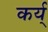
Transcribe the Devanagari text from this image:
कर्य्